Report on vaccination in Madras 1877-1894 - 1877-1894
Year: 1877
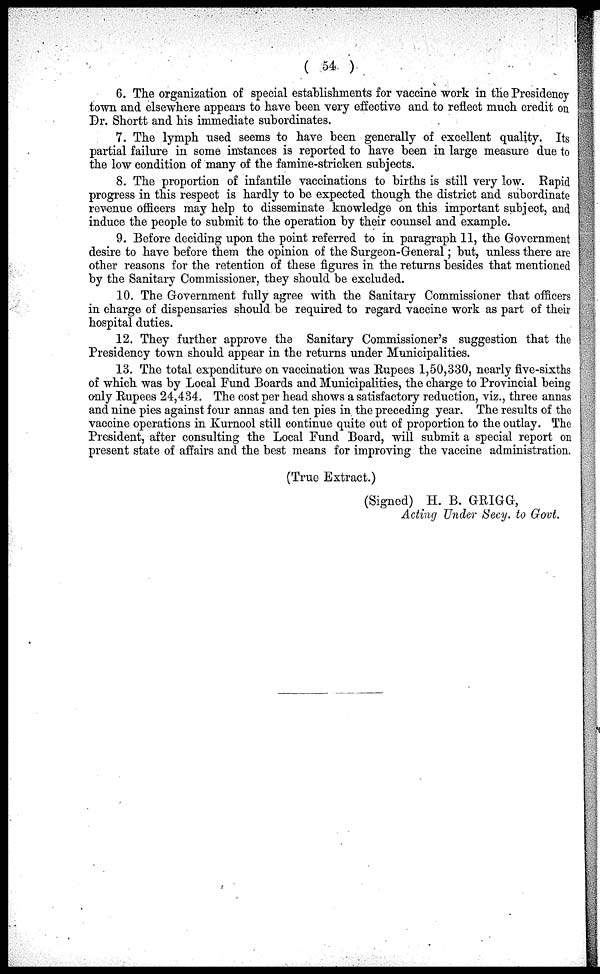
( 54 )
6. The organization of special establishments for vaccine work in the Presidency
town and elsewhere appears to have been very effective and to reflect much credit on
Dr. Shortt and his immediate subordinates.
7. The lymph used seems to have been generally of excellent quality. Its
partial failure in some instances is reported to have been in large measure due to
the low condition of many of the famine-stricken subjects.
8. The proportion of infantile vaccinations to births is still very low. Rapid
progress in this respect is hardly to be expected though the district and subordinate
revenue officers may help to disseminate knowledge on this important subject, and
induce the people to submit to the operation by their counsel and example.
9. Before deciding upon the point referred to in paragraph 11, the Government
desire to have before them the opinion of the Surgeon-General; but, unless there are
other reasons for the retention of these figures in the returns besides that mentioned
by the Sanitary Commissioner, they should be excluded.
10. The Government fully agree with the Sanitary Commissioner that officers
in charge of dispensaries should be required to regard vaccine work as part of their
hospital duties.
12. They further approve the Sanitary Commissioner's suggestion that the
Presidency town should appear in the returns under Municipalities.
13. The total expenditure on vaccination was Rupees 1,50,330, nearly five-sixths
of which was by Local Fund Boards and Municipalities, the charge to Provincial being
only Rupees 24,434. The cost per head shows a satisfactory reduction, viz., three annas
and nine pies against four annas and ten pies in the preceding year. The results of the
vaccine operations in Kurnool still continue quite out of proportion to the outlay. The
President, after consulting the Local Fund Board, will submit a special report on
present state of affairs and the best means for improving the vaccine administration.
(True Extract.)
(Signed) H. B. GRIGG,
Acting Under Secy. to Govt.